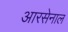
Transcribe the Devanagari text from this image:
आरसेनाल